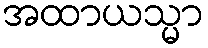
အထာယသ္မာ